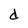
Character: d